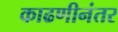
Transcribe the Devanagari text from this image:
काढणीनंतर